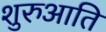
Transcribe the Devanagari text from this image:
शुरुआति